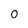
Character: 0